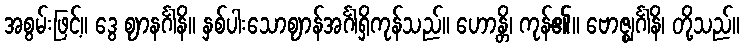
အစွမ်းဖြင့်။ ဒွေ ဈာနင်္ဂါနိ။ နှစ်ပါးသောဈာန်အင်္ဂါရှိကုန်သည်။ ဟောန္တိ၊ ကုန်၏။ ဗောဇ္ဈင်္ဂါနိ၊ တို့သည်။